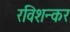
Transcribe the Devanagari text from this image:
रविशन्कर